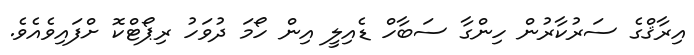
އިރާޤްގެ ސަރުކާރުން ހިންގާ ސަބާހް ޑެއިލީ އިން ހޯމަ ދުވަހު ރިޕޯޓްކޮ ށްފައިވެއެވެ.